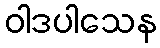
ဝါဒပါသေန